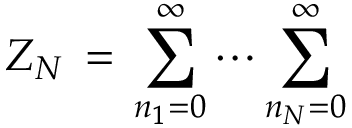
Z _ { N } \, = \, \sum _ { n _ { 1 } = 0 } ^ { \infty } \cdots \sum _ { n _ { N } = 0 } ^ { \infty } \,